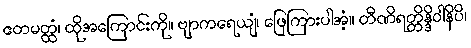
ဧတမတ္ထံ၊ ထိုအကြောင်းကို။ ဗျာကရေယျံ၊ ဖြေကြားပါအံ့။ တီဏိရတ္တိန္ဒိဝါနိပိ၊